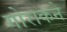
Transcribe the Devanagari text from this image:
गोराकने